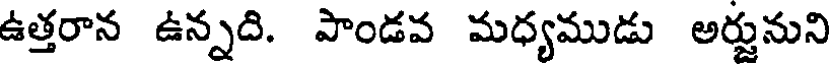
ఉత్తరాన ఉన్నది. పాండవ మధ్యముడు అర్జునుని